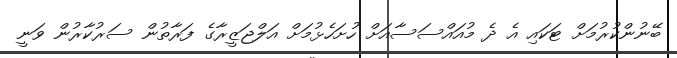
ބޭނުންކުރުމަށް ޓަކައި އެ ދެ މުއައްސަސާއަށް ހުށަހެޅުމަށް އަލްޖަޒީރާގެ ފަރާތުން ސަރުކާރުން ވަނީ